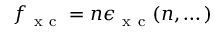
f _ { \mathrm { ~ x ~ c ~ } } = n \epsilon _ { \mathrm { ~ x ~ c ~ } } ( n , \dots )